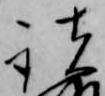
諸